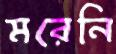
মরেনি